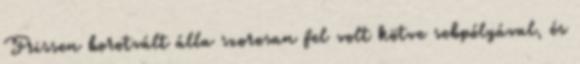
Frissen borotvált álla szorosan fel volt kötve sebpólyával, és